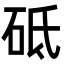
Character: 砥